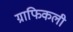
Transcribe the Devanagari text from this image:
ग्राफिकली